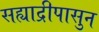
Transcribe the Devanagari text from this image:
सह्याद्रीपासुन